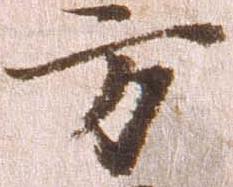
方